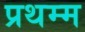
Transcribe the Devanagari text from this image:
प्रथम्म